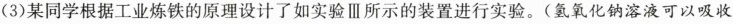
(3)某同学根据工业炼铁的原理设计了如实验Ⅲ所示的装置进行实验。(氢氧化钠溶液可以吸收